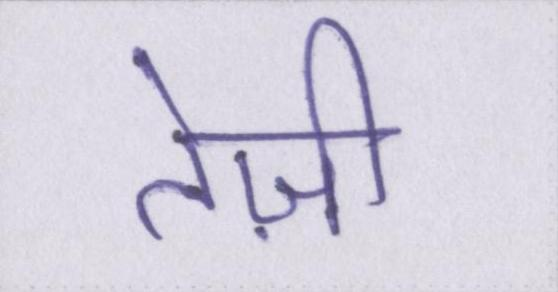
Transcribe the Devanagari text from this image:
तेज़ी